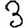
Digit: 3